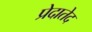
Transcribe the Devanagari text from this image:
प्रेदातेद